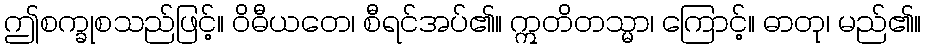
ဤစက္ခုစသည်ဖြင့်။ ဝိဓီယတေ၊ စီရင်အပ်၏။ ဣတိတသ္မာ၊ ကြောင့်။ ဓာတု၊ မည်၏။